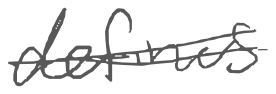
Text: defines
Cross-out: mix
Writing tool: digital_gray